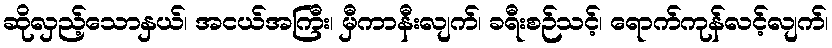
ဆိုလှည့်သောနှယ်၊ အငယ်အကြီး၊ မှီကာနီးလျက်၊ ခရီးစဉ်သင့်၊ ရောက်ကုန်လင့်လျက်၊